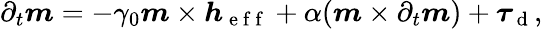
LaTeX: \partial_{t}\boldsymbol{m}=-\gamma_{0}\boldsymbol{m}\times\boldsymbol{h}_{\mathrm{~e~f~f~}}+\alpha(\boldsymbol{m}\times\partial_{t}\boldsymbol{m})+\boldsymbol{\tau}_{\mathrm{~d~}},